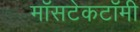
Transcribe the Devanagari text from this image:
मॉसटेकटॉमी